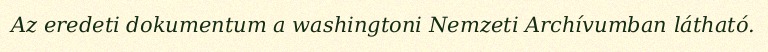
Az eredeti dokumentum a washingtoni Nemzeti Archívumban látható.